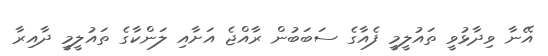
އޭނާ ވިދާޅުވީ ތައުލީމީ ފެއާގެ ސަބަބުން ރާއްޖެ އަށާއި ލަންކާގެ ތައުލީމީ ދާއިރާ